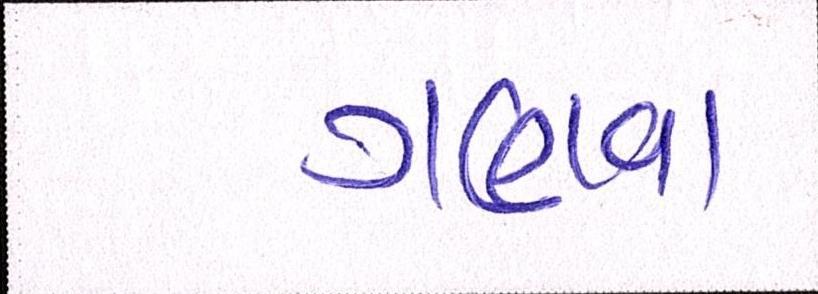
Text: ગણવા